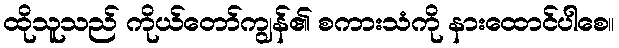
ထိုသူသည် ကိုယ်တော်ကျွန်၏ စကားသံကို နားထောင်ပါစေ။